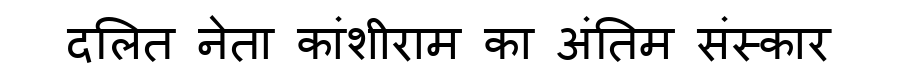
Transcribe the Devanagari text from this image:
दलित नेता कांशीराम का अंतिम संस्कार